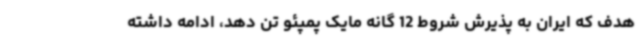
هدف که ایران به پذیرش شروط 12 گانه مایک پمپئو تن دهد، ادامه داشته